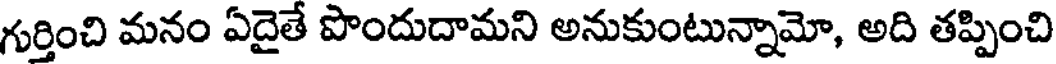
గుర్తించి మనం ఏదైతే పొందుదామని అనుకుంటున్నామో, అది తప్పించి